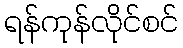
ရန်ကုန်လိုင်စင်